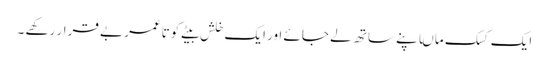
ایک کسک ماںاپنے ساتھ لے جائے اور ایک خلش بیٹے کوتاعمر بے قرار رکھے ۔